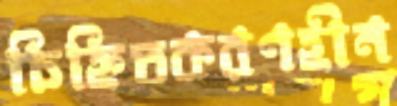
চিহ্নিতকরণহীন